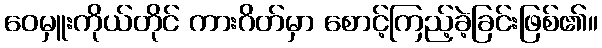
ဝေမှူးကိုယ်တိုင် ကားဂိတ်မှာ စောင့်ကြည့်ခဲ့ခြင်းဖြစ်၏။